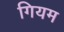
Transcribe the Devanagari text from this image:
गियम